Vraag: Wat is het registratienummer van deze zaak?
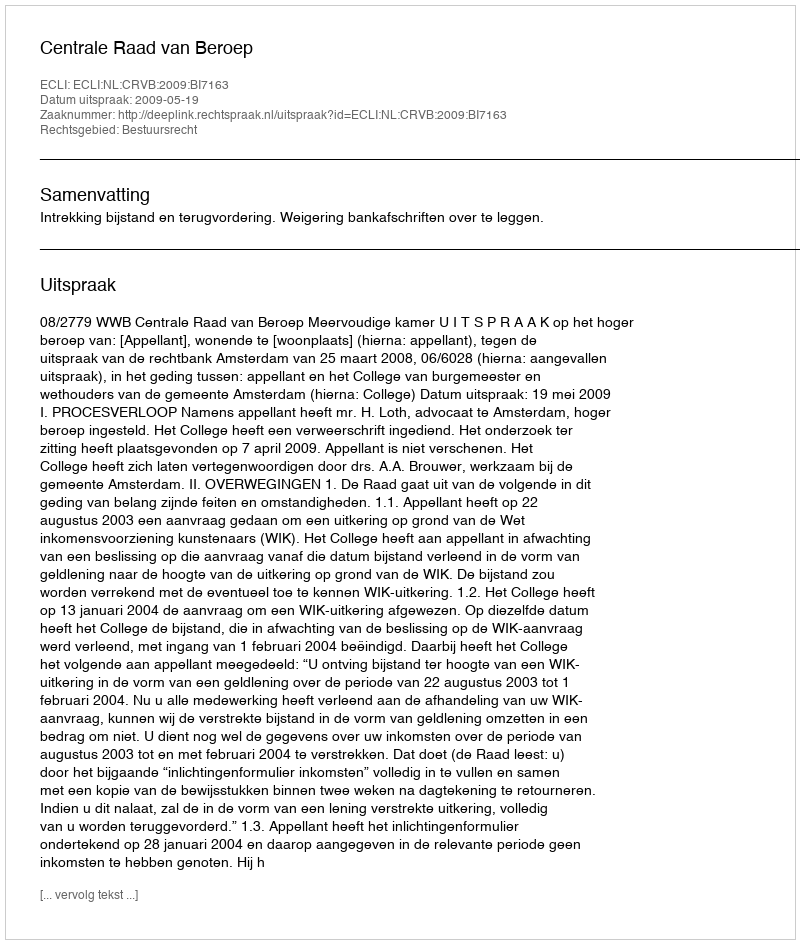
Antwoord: http://deeplink.rechtspraak.nl/uitspraak?id=ECLI:NL:CRVB:2009:BI7163